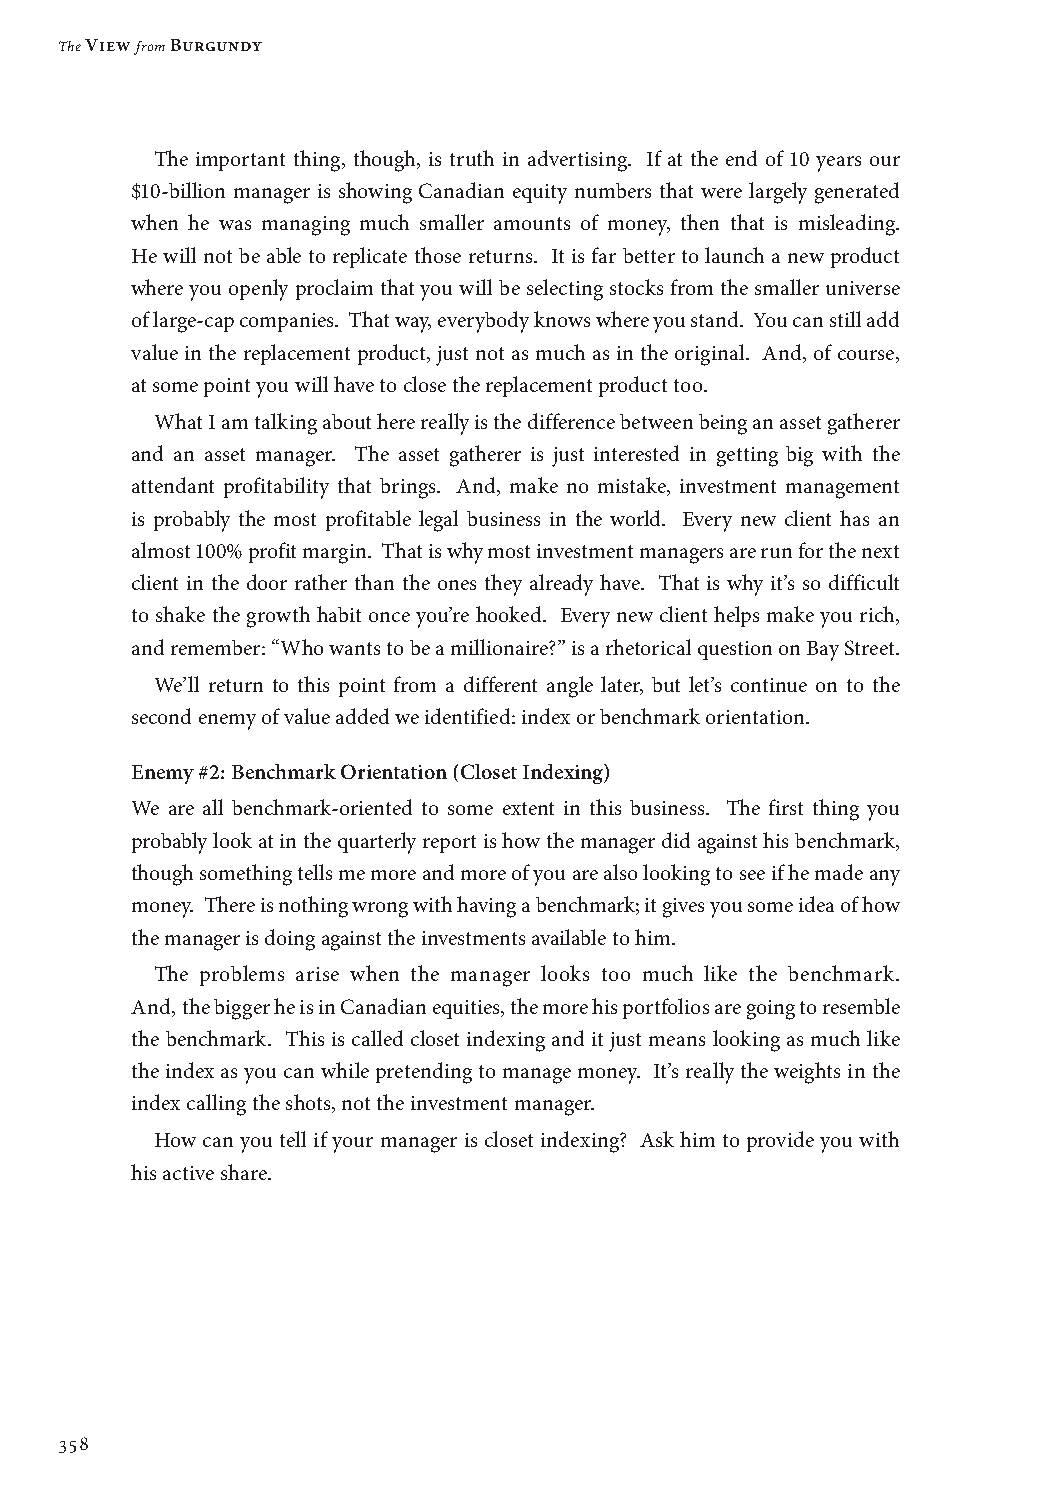
The View from Burgundy
 The important thing, though, is truth in advertising. If at the end of 10 years our
 $10-billion manager is showing Canadian equity numbers that were largely generated
 when he was managing much smaller amounts of money, then that is misleading.
 He will not be able to replicate those returns. It is far better to launch a new product
 where you openly proclaim that you will be selecting stocks from the smaller universe
 of large-cap companies. That way, everybody knows where you stand. You can still add
 value in the replacement product, just not as much as in the original. And, of course,
 at some point you will have to close the replacement product too.
 What I am talking about here really is the difference between being an asset gatherer
 and an asset manager. The asset gatherer is just interested in getting big with the
 attendant profitability that brings. And, make no mistake, investment management
 is probably the most profitable legal business in the world. Every new client has an
 almost 100% profit margin. That is why most investment managers are run for the next
 client in the door rather than the ones they already have. That is why it’s so difficult
 to shake the growth habit once you’re hooked. Every new client helps make you rich,
 and remember: “Who wants to be a millionaire?” is a rhetorical question on Bay Street.
 We’ll return to this point from a different angle later, but let’s continue on to the
 second enemy of value added we identified: index or benchmark orientation.
 Enemy #2: Benchmark Orientation (Closet Indexing)
 We are all benchmark-oriented to some extent in this business. The first thing you
 probably look at in the quarterly report is how the manager did against his benchmark,
 though something tells me more and more of you are also looking to see if he made any
 money. There is nothing wrong with having a benchmark; it gives you some idea of how
 the manager is doing against the investments available to him.
 The problems arise when the manager looks too much like the benchmark.
 And, the bigger he is in Canadian equities, the more his portfolios are going to resemble
 the benchmark. This is called closet indexing and it just means looking as much like
 the index as you can while pretending to manage money. It’s really the weights in the
 index calling the shots, not the investment manager.
 How can you tell if your manager is closet indexing? Ask him to provide you with
 his active share.
 358